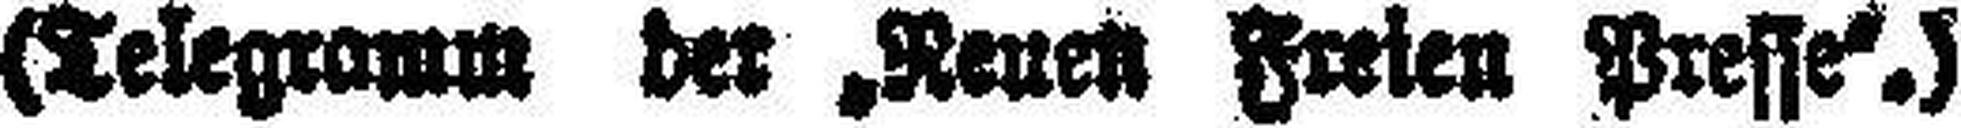
(Telegramm der „Neuen Freien Presse“.)